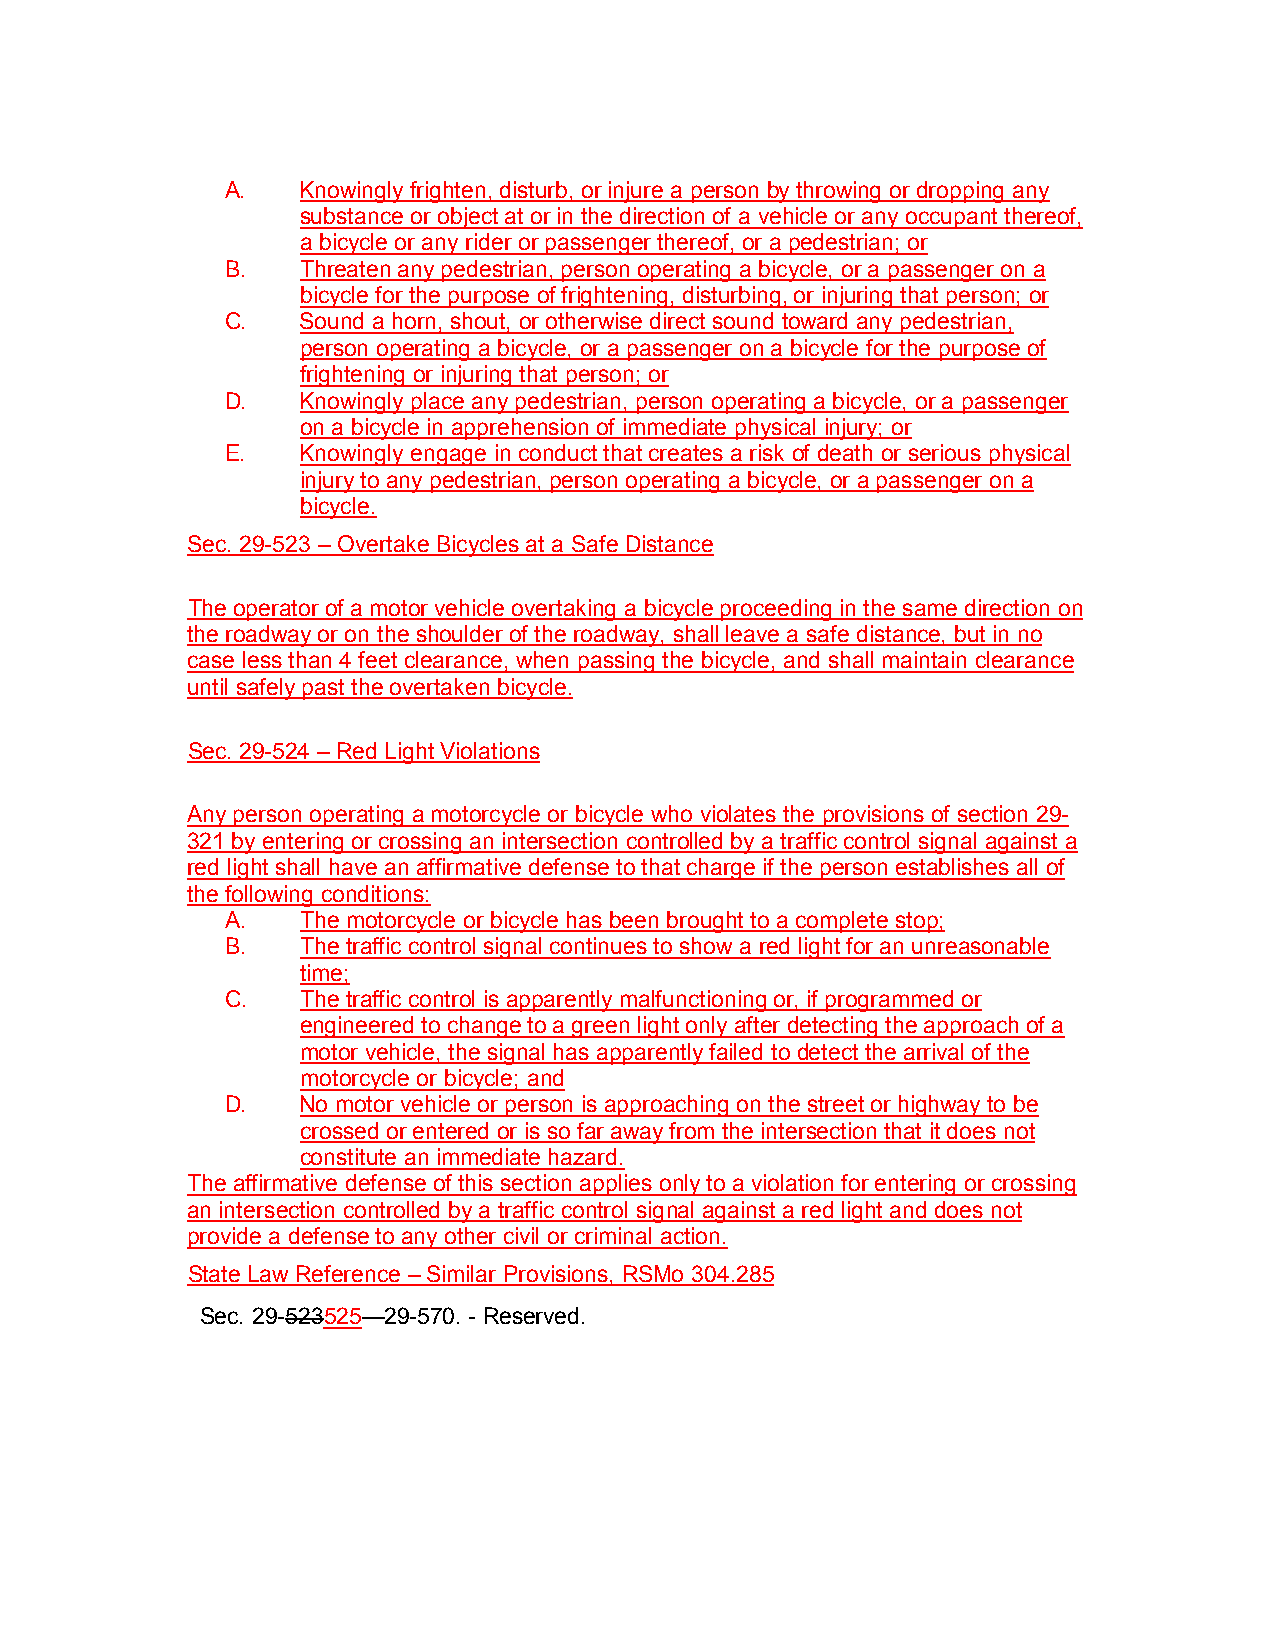
A.   Knowingly frighten, disturb, or injure a person by throwing or dropping any
 substance or object at or in the direction of a vehicle or any occupant thereof,
 a bicycle or any rider or passenger thereof, or a pedestrian; or
 B.   Threaten any pedestrian, person operating a bicycle, or a passenger on a
 bicycle for the purpose of frightening, disturbing, or injuring that person; or
 C.   Sound a horn, shout, or otherwise direct sound toward any pedestrian,
 person operating a bicycle, or a passenger on a bicycle for the purpose of
 frightening or injuring that person; or
 D.   Knowingly place any pedestrian, person operating a bicycle, or a passenger
 on a bicycle in apprehension of immediate physical injury; or
 E.   Knowingly engage in conduct that creates a risk of death or serious physical
 injury to any pedestrian, person operating a bicycle, or a passenger on a
 bicycle.
 Sec. 29-523 – Overtake Bicycles at a Safe Distance
 The operator of a motor vehicle overtaking a bicycle proceeding in the same direction on
 the roadway or on the shoulder of the roadway, shall leave a safe distance, but in no
 case less than 4 feet clearance, when passing the bicycle, and shall maintain clearance
 until safely past the overtaken bicycle.
 Sec. 29-524 – Red Light Violations
 Any person operating a motorcycle or bicycle who violates the provisions of section 29-
 321 by entering or crossing an intersection controlled by a traffic control signal against a
 red light shall have an affirmative defense to that charge if the person establishes all of
 the following conditions:
 A.   The motorcycle or bicycle has been brought to a complete stop;
 B.   The traffic control signal continues to show a red light for an unreasonable
 time;
 C.   The traffic control is apparently malfunctioning or, if programmed or
 engineered to change to a green light only after detecting the approach of a
 motor vehicle, the signal has apparently failed to detect the arrival of the
 motorcycle or bicycle; and
 D.   No motor vehicle or person is approaching on the street or highway to be
 crossed or entered or is so far away from the intersection that it does not
 constitute an immediate hazard.
 The affirmative defense of this section applies only to a violation for entering or crossing
 an intersection controlled by a traffic control signal against a red light and does not
 provide a defense to any other civil or criminal action.
 State Law Reference – Similar Provisions, RSMo 304.285
 Sec. 29-523525—29-570. - Reserved.